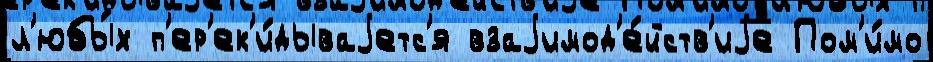
л'юбы́х п'ер'ек'и́дываjетс'я взаjимод'е́йств'иjе Пом'и́мо